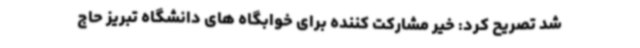
شد تصریح کرد: خیر مشارکت کننده برای خوابگاه های دانشگاه تبریز حاج